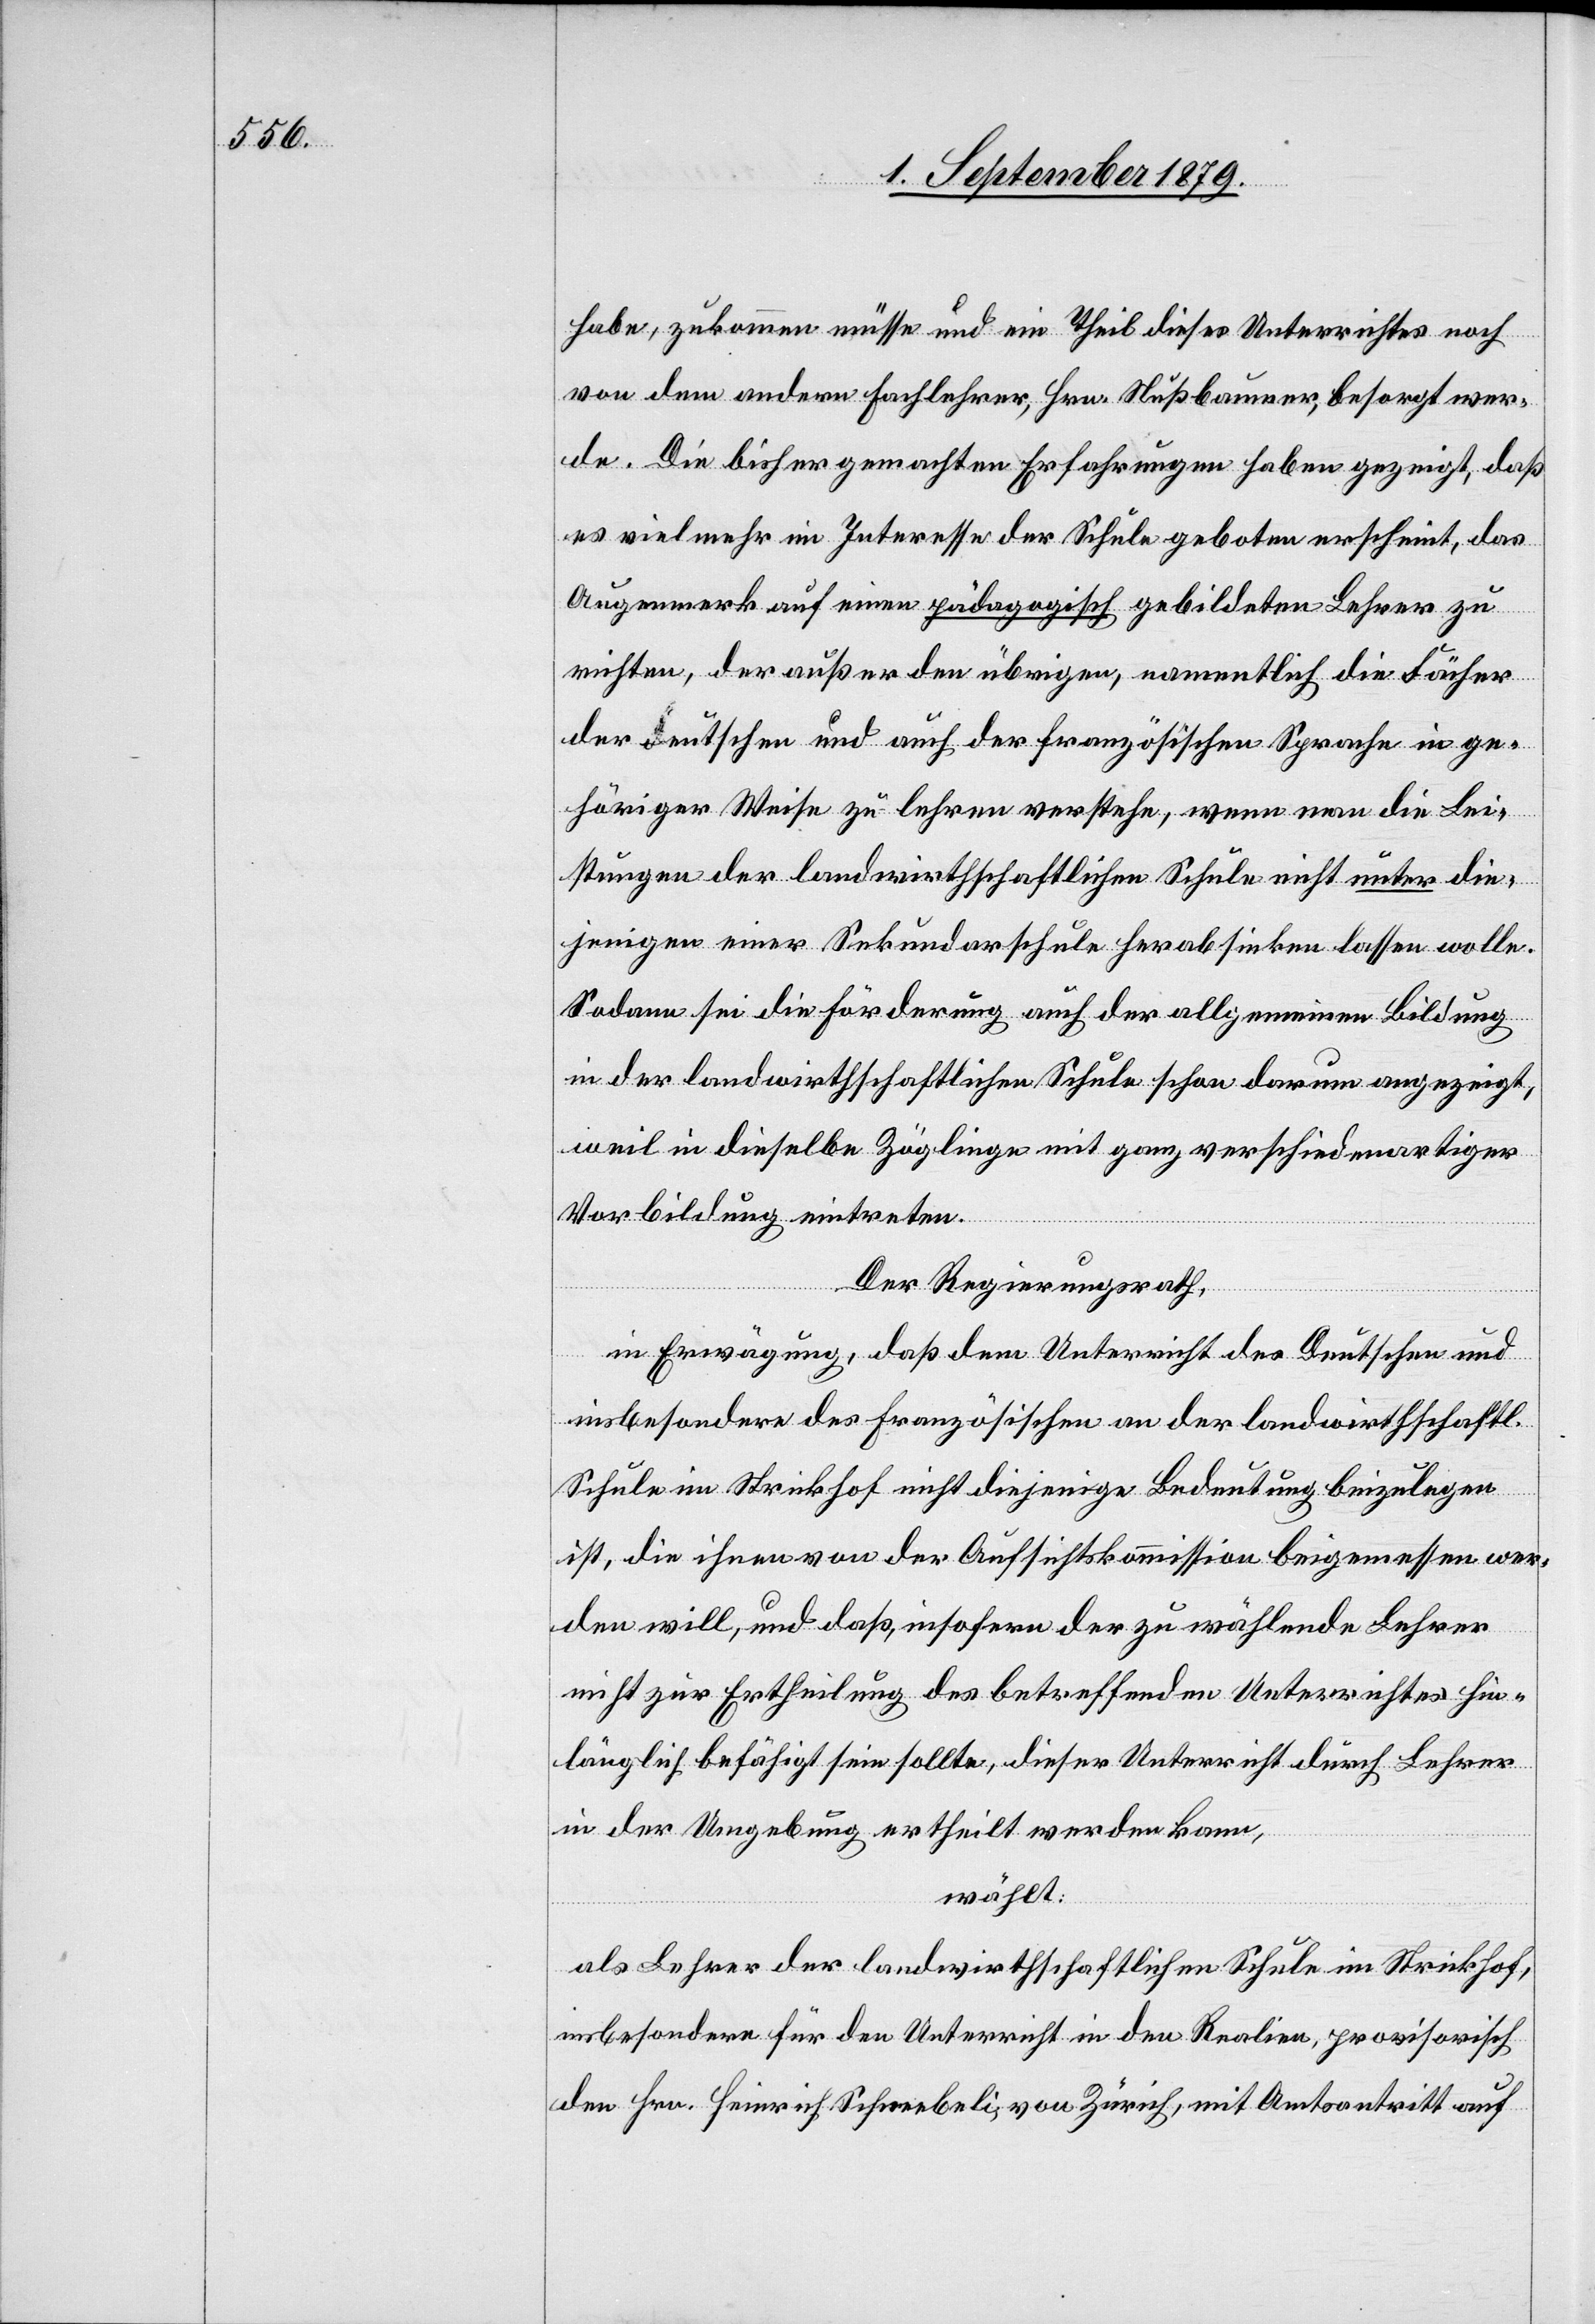
habe, zukommen müsse und ein Theil dieses Unterrichtes noch
von dem andern Fachlehrer, Hrn. Nußbaumer, besorgt wer¬
de. Die bisher gemachten Erfahrungen haben gezeigt, daß
es vielmehr im Interesse der Schule geboten erscheint, das
Augenmerk auf einen pädagogisch gebildeten Lehrer zu
richten, der außer den übrigen, namentlich die Fächer
der deutschen und auch der französischen Sprache in ge¬
höriger Weise zu lehren verstehe, wenn man die Lei¬
stungen der landwirthschaftlichen Schule nicht unter die¬
jenigen einer Sekundarschule herabsinken lassen wolle.
Sodann sei die Förderung auch der allgemeinen Bildung
in der landwirthschaftlichen Schule schon darum angezeigt,
weil in dieselbe Zöglinge mit ganz verschiedenartiger
Vorbildung eintreten.
Der Regierungsrath,
in Erwägung, daß dem Unterricht des Deutschen und
insbesondere des Französischen an der landwirthschaftl.
Schule im Strickhof nicht diejenige Bedeutung beizulegen
ist, die ihnen von der Aufsichtskommission beigemessen wer¬
den will, und daß, insofern der zu wählende Lehrer
nicht zur Ertheilung des betreffenden Unterrichtes hin¬
länglich befähigt sein sollte, dieser Unterricht durch Lehrer
in der Umgebung ertheilt werden kann,
wählt:
als Lehrer der landwirthschaftlichen Schule im Strickhof,
insbesondere für den Unterricht in den Realien, provisorisch
den Hrn. Heinrich Schneebeli, von Zürich, mit Amtsantritt auf